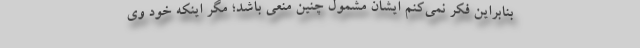
بنابراین فکر نمی‌کنم ایشان مشمول چنین منعی باشد؛ مگر اینکه خود وی